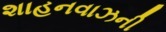
શાહનવાઝની